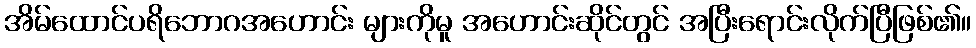
အိမ်ထောင်ပရိဘောဂအဟောင်း များကိုမူ အဟောင်းဆိုင်တွင် အပြီးရောင်းလိုက်ပြီဖြစ်၏။